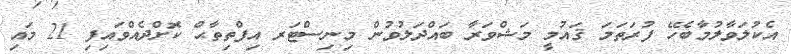
އެކުލަވާލުމާބެހޭ ފުރަތަމަ ޤައުމީ މަޝްވަރާ ބައްދަލުވުން މިނިސްޓަރ އިފްތިތާޙް ކޮށްދެއްވައިފި 21 މައި